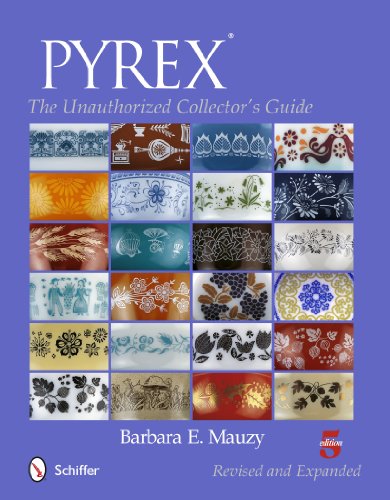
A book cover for PYREXÂ®: The Unauthorized Collector's Guide; Barbara E. Mauzy; Crafts, Hobbies & Home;